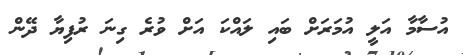
އުސާމާ އަލީ އުމަރަށް ބައި ލައްކަ އަށް ވުރެ ގިނަ ރުފިޔާ ދޭން